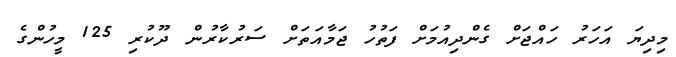
މިދިޔަ އަހަރު ހައްޖަށް ގެންދިއުމަށް ފަތުހު ޖަމާއަތަށް ސަރުކާރުން ދޫކުރި 125 މީހުންގެ